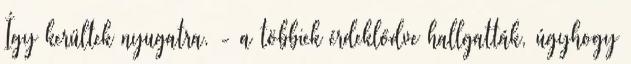
Így kerültek nyugatra. - a többiek érdeklődve hallgatták, úgyhogy